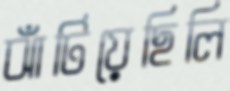
ঝাঁটিয়েছিলি